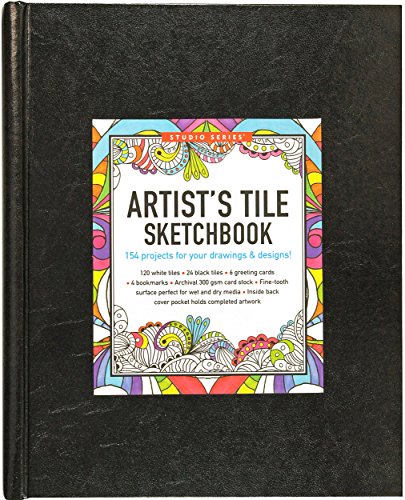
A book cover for Studio Series Artist's Tile Sketchbook (tile art); Peter Pauper Press; Arts & Photography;